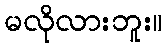
မလိုလားဘူး။